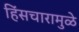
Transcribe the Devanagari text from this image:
हिंसचारामुळे